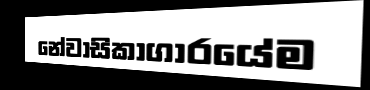
නේවාසිකාගාරයේම